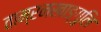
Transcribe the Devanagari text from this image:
ताम्रनखाङ्गुलि